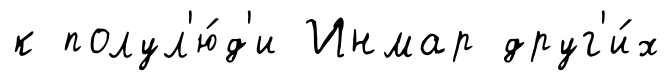
к полул'ю́д'и Инмар друг'и́х